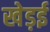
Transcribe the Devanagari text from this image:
खेड़ई